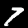
Digit: 7